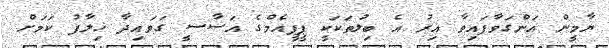
ޔާމީން އަންގަވާފައިވާ އިރު އެ ބިލުތަކަކީ ޕީޕީއެމްގެ އަސާސީ ގަވައިދާ ޚިލާފު ކަމަށް